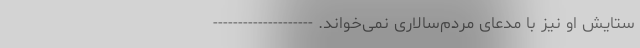
ستایش او نیز با مدعای مردم‌سالاری نمی‌خواند. --------------------